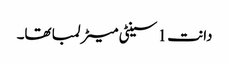
دانت 1 سینٹی میٹر لمبا تھا۔